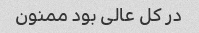
در کل عالی بود ممنون